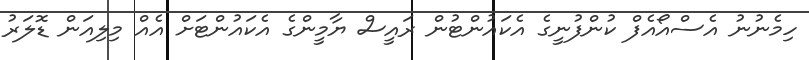
ހިމެނުނު އެސްއޯއެފް ކުންފުނީގެ އެކައުންޓުން ރައީސް ޔާމީންގެ އެކައުންޓަށް އެއް މިލިއަން ޑޮލަރު